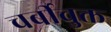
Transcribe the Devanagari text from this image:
चर्बीचुक्त